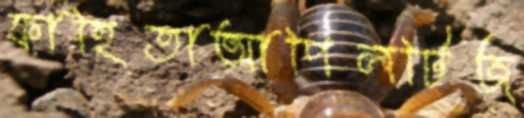
ফাহিতাআপিলটিজ্